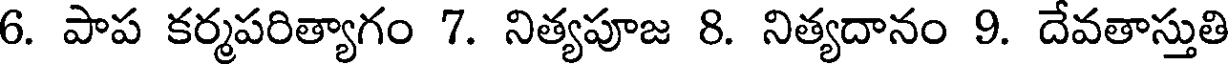
6. పాప కర్మపరిత్యాగం 7. నిత్యపూజ 8. నిత్యదానం 9. దేవతాస్తుతి